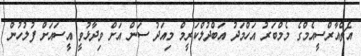
އެޗްއާރްސީއެމްގެ މެމްބަރު އަހްމަދު އަބްދުލްކަރީމް މިއަދު ސަން އަށް ވިދާޅުވީ އީސައަށް ފުލުހުން